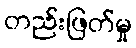
တည်းဖြတ်မှု